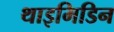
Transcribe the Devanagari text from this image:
थाइमिडिन